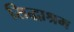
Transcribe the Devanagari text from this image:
सिद्धाश्रम